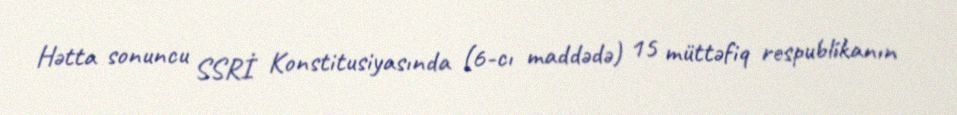
Hətta sonuncu SSRİ Konstitusiyasında (6-cı maddədə) 15 müttəfiq respublikanın